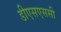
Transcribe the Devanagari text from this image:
डीएसएससी